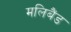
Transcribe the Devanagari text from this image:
मलिबैंड